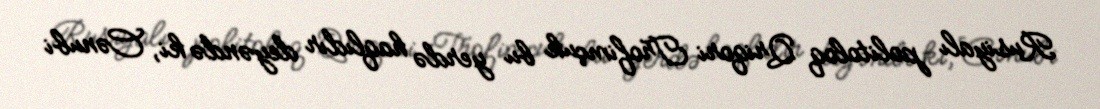
Rusiyalı politoloq Qriqori Trofimçuk bu yerdə haqlıdır deyəndə ki, Cənubi